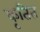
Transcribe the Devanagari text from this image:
कृतित